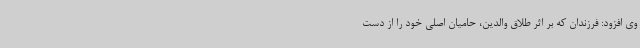
وی افزود: فرزندان که بر اثر طلاق والدین، حامیان اصلی خود را از دست